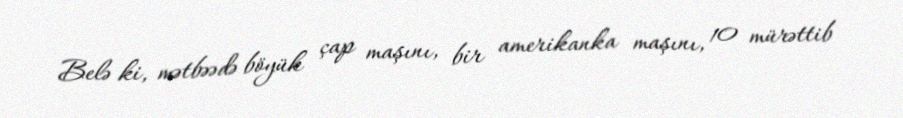
Belə ki, mətbəədə böyük çap maşını, bir amerikanka maşını, 10 mürəttib